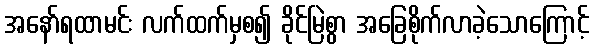
အနော်ရထာမင်း လက်ထက်မှစ၍ ခိုင်မြဲစွာ အခြေစိုက်လာခဲ့သောကြောင့်